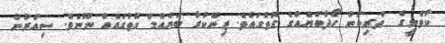
ކާވެނީގެ  ތެރިކަން ހޯދާބަޔެއްގެ ގޮތުގައެވެ. ޒިނޭކުރާ ބަޔެއްގެ ގޮތުގައެއް ނޫނެވެ. ސިއްރުން